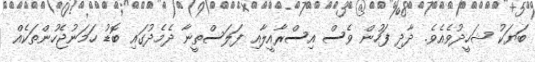
ބަޔަކު ޝަހީދުވެއެވެ. ދާދި ފަހުން ވެސް އިސްރާއީލާއި ފަލަސްތީނާ ދެމެދުގައި ބޮޑު ހަމަނުޖެހުންތަކެއް